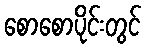
စောစောပိုင်းတွင်